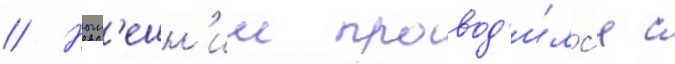
// Нын'ешн'ии провод'и́лс'я с